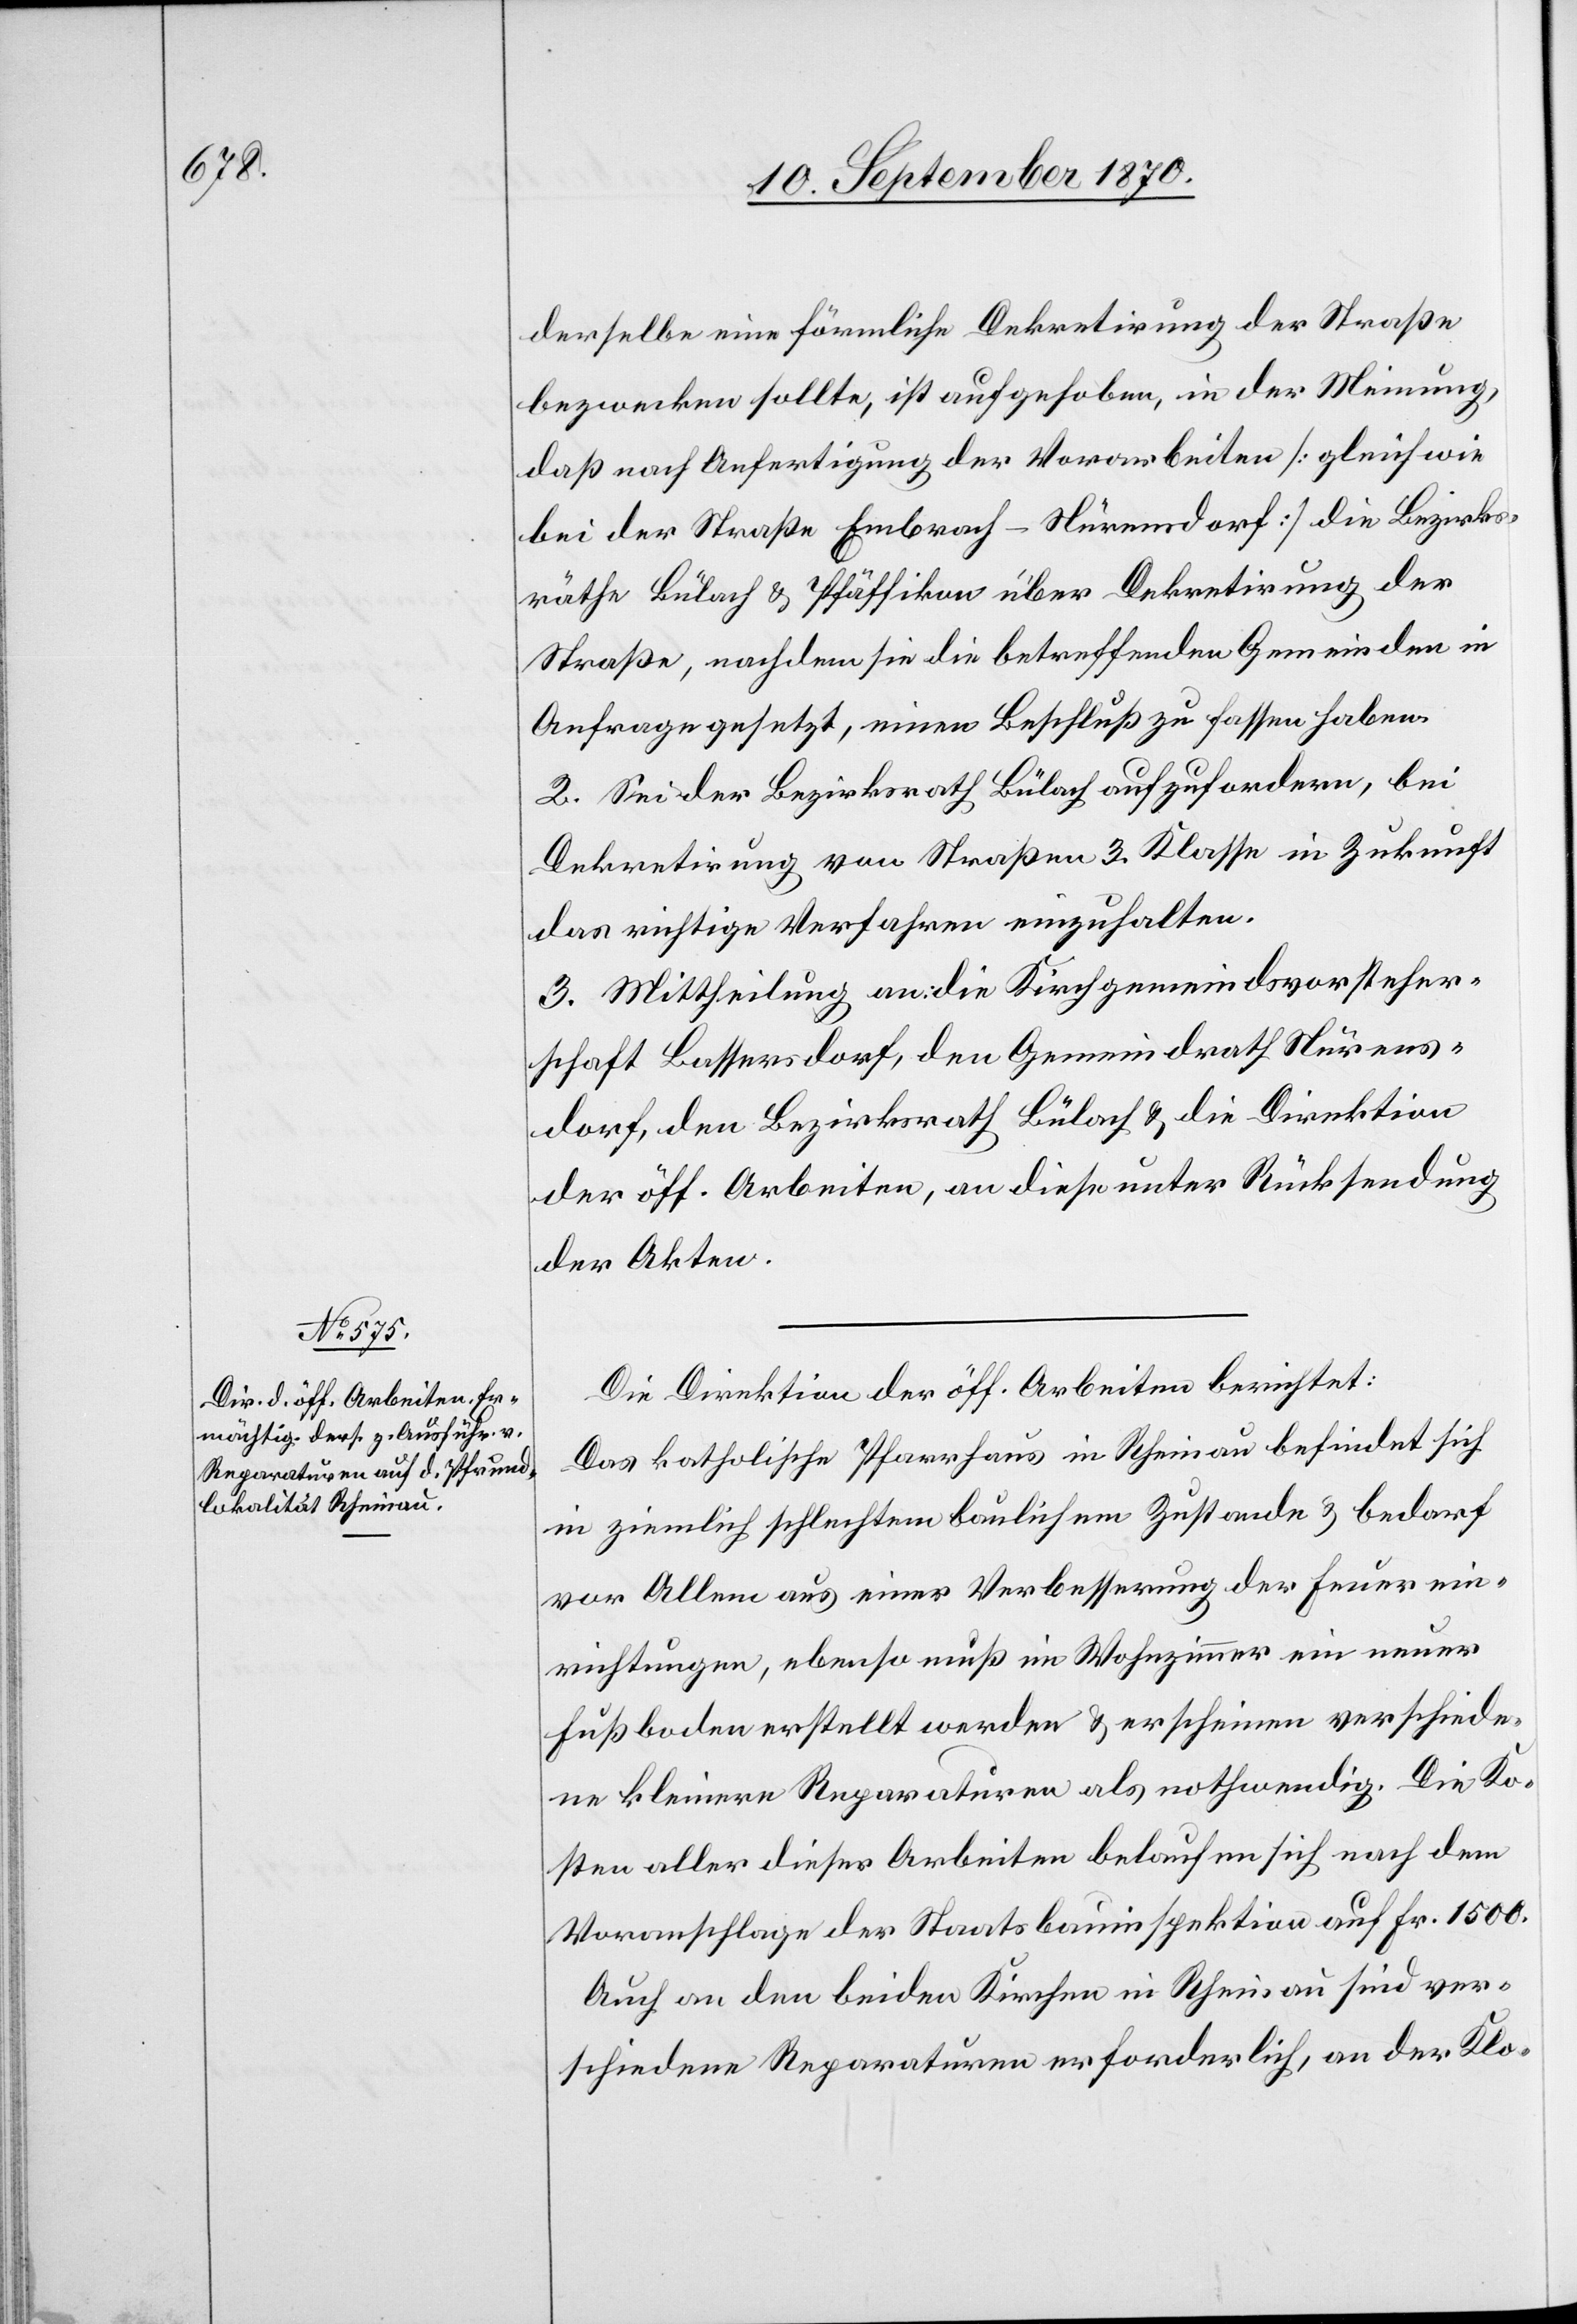
derselbe eine förmliche Dekretirung der Straße
bezwecken sollte, ist aufgehoben, in der Meinung,
daß nach Anfertigung der Vorarbeiten [gleich wie
bei der Straße Embrach–Nürensdorf] die Bezirks¬
räthe Bülach & Pfäffikon über Dekretirung der
Straße, nachdem sie die betreffenden Gemeinden in
Anfrage gesetzt, einen Beschluß zu fassen haben.
2. Sei der Bezirksrath Bülach aufzufordern, bei
Dekretirung von Straßen 3. Klasse in Zukunft
das richtige Verfahren einzuhalten.
3. Mittheilung an die Kirchgemeindsvorsteher¬
schaft Bassersdorf, den Gemeindrath Nürens¬
dorf, den Bezirksrath Bülach & die Direktion
der öff. Arbeiten, an diese unter Rücksendung
der Akten.
Die Direktion der öff. Arbeiten berichtet:
Das katholische Pfarrhaus in Rheinau befindet sich
in ziemlich schlechtem baulichen Zustande & bedarf
vor Allem aus einer Verbesserung der Feuerein¬
richtungen, ebenso muß im Wohnzimmer ein neuer
Fußboden erstellt werden & erscheinen verschiede¬
ne kleinere Reparaturen als nothwendig. Die Ko¬
sten aller dieser Arbeiten belaufen sich nach dem
Voranschlage der Staatsbauinspektor auf Fr. 1500.
Auch an den beiden Kirchen in Rheinau sind ver¬
schiedene Reparaturen erforderlich, an der Klo-